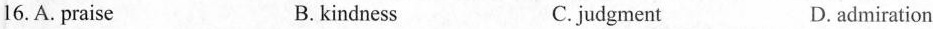
16.A. praise B. kindness C.judgment D.admiration